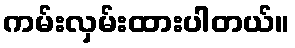
ကမ်းလှမ်းထားပါတယ်။